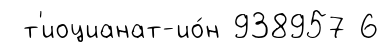
т'иоцианат-ио́н 938957 6